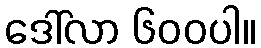
ဒေါ်လာ ၆၀၀ပါ။